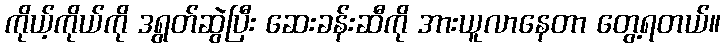
ကိုယ့်ကိုယ်ကို ဒရွတ်ဆွဲပြီး ဆေးခန်းဆီကို အားယူလာနေတာ တွေ့ရတယ်။